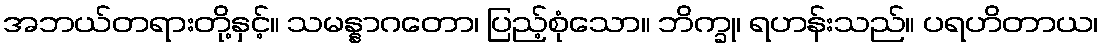
အဘယ်တရားတို့နှင့်။ သမန္နာဂတော၊ ပြည့်စုံသော။ ဘိက္ခု၊ ရဟန်းသည်။ ပရဟိတာယ၊